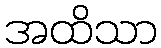
အထိသာ